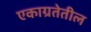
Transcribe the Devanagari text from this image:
एकाग्रतेतील